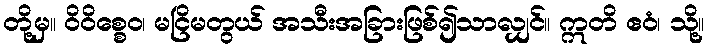
တို့မှ။ ဝိဝိစ္စေဝ၊ မငြိမတွယ် အသီးအခြားဖြစ်၍သာလျှင်။ ဣတိ ဧဝံ၊ သို့။